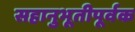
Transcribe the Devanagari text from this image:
सहानुभूतीपूर्वक